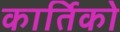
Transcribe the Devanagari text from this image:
कार्तिको